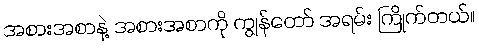
အစားအစာနဲ့ အစားအစာကို ကျွန်တော် အရမ်း ကြိုက်တယ်။